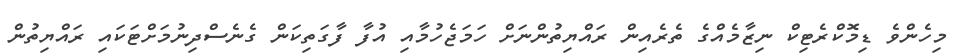
މިހެންވެ ޑިމޮކްރެޓިކް ނިޒާމެއްގެ ތެރެއިން ރައްޔިތުންނަށް ހަމަޖެހުމާއި އުފާ ފާގަތިކަން ގެނެސްދިނުމަށްޓަކައި ރައްޔިތުން